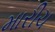
મારીચ